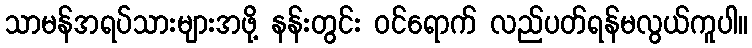
သာမန်အရပ်သားများအဖို့ နန်းတွင်း ဝင်ရောက် လည်ပတ်ရန်မလွယ်ကူပါ။